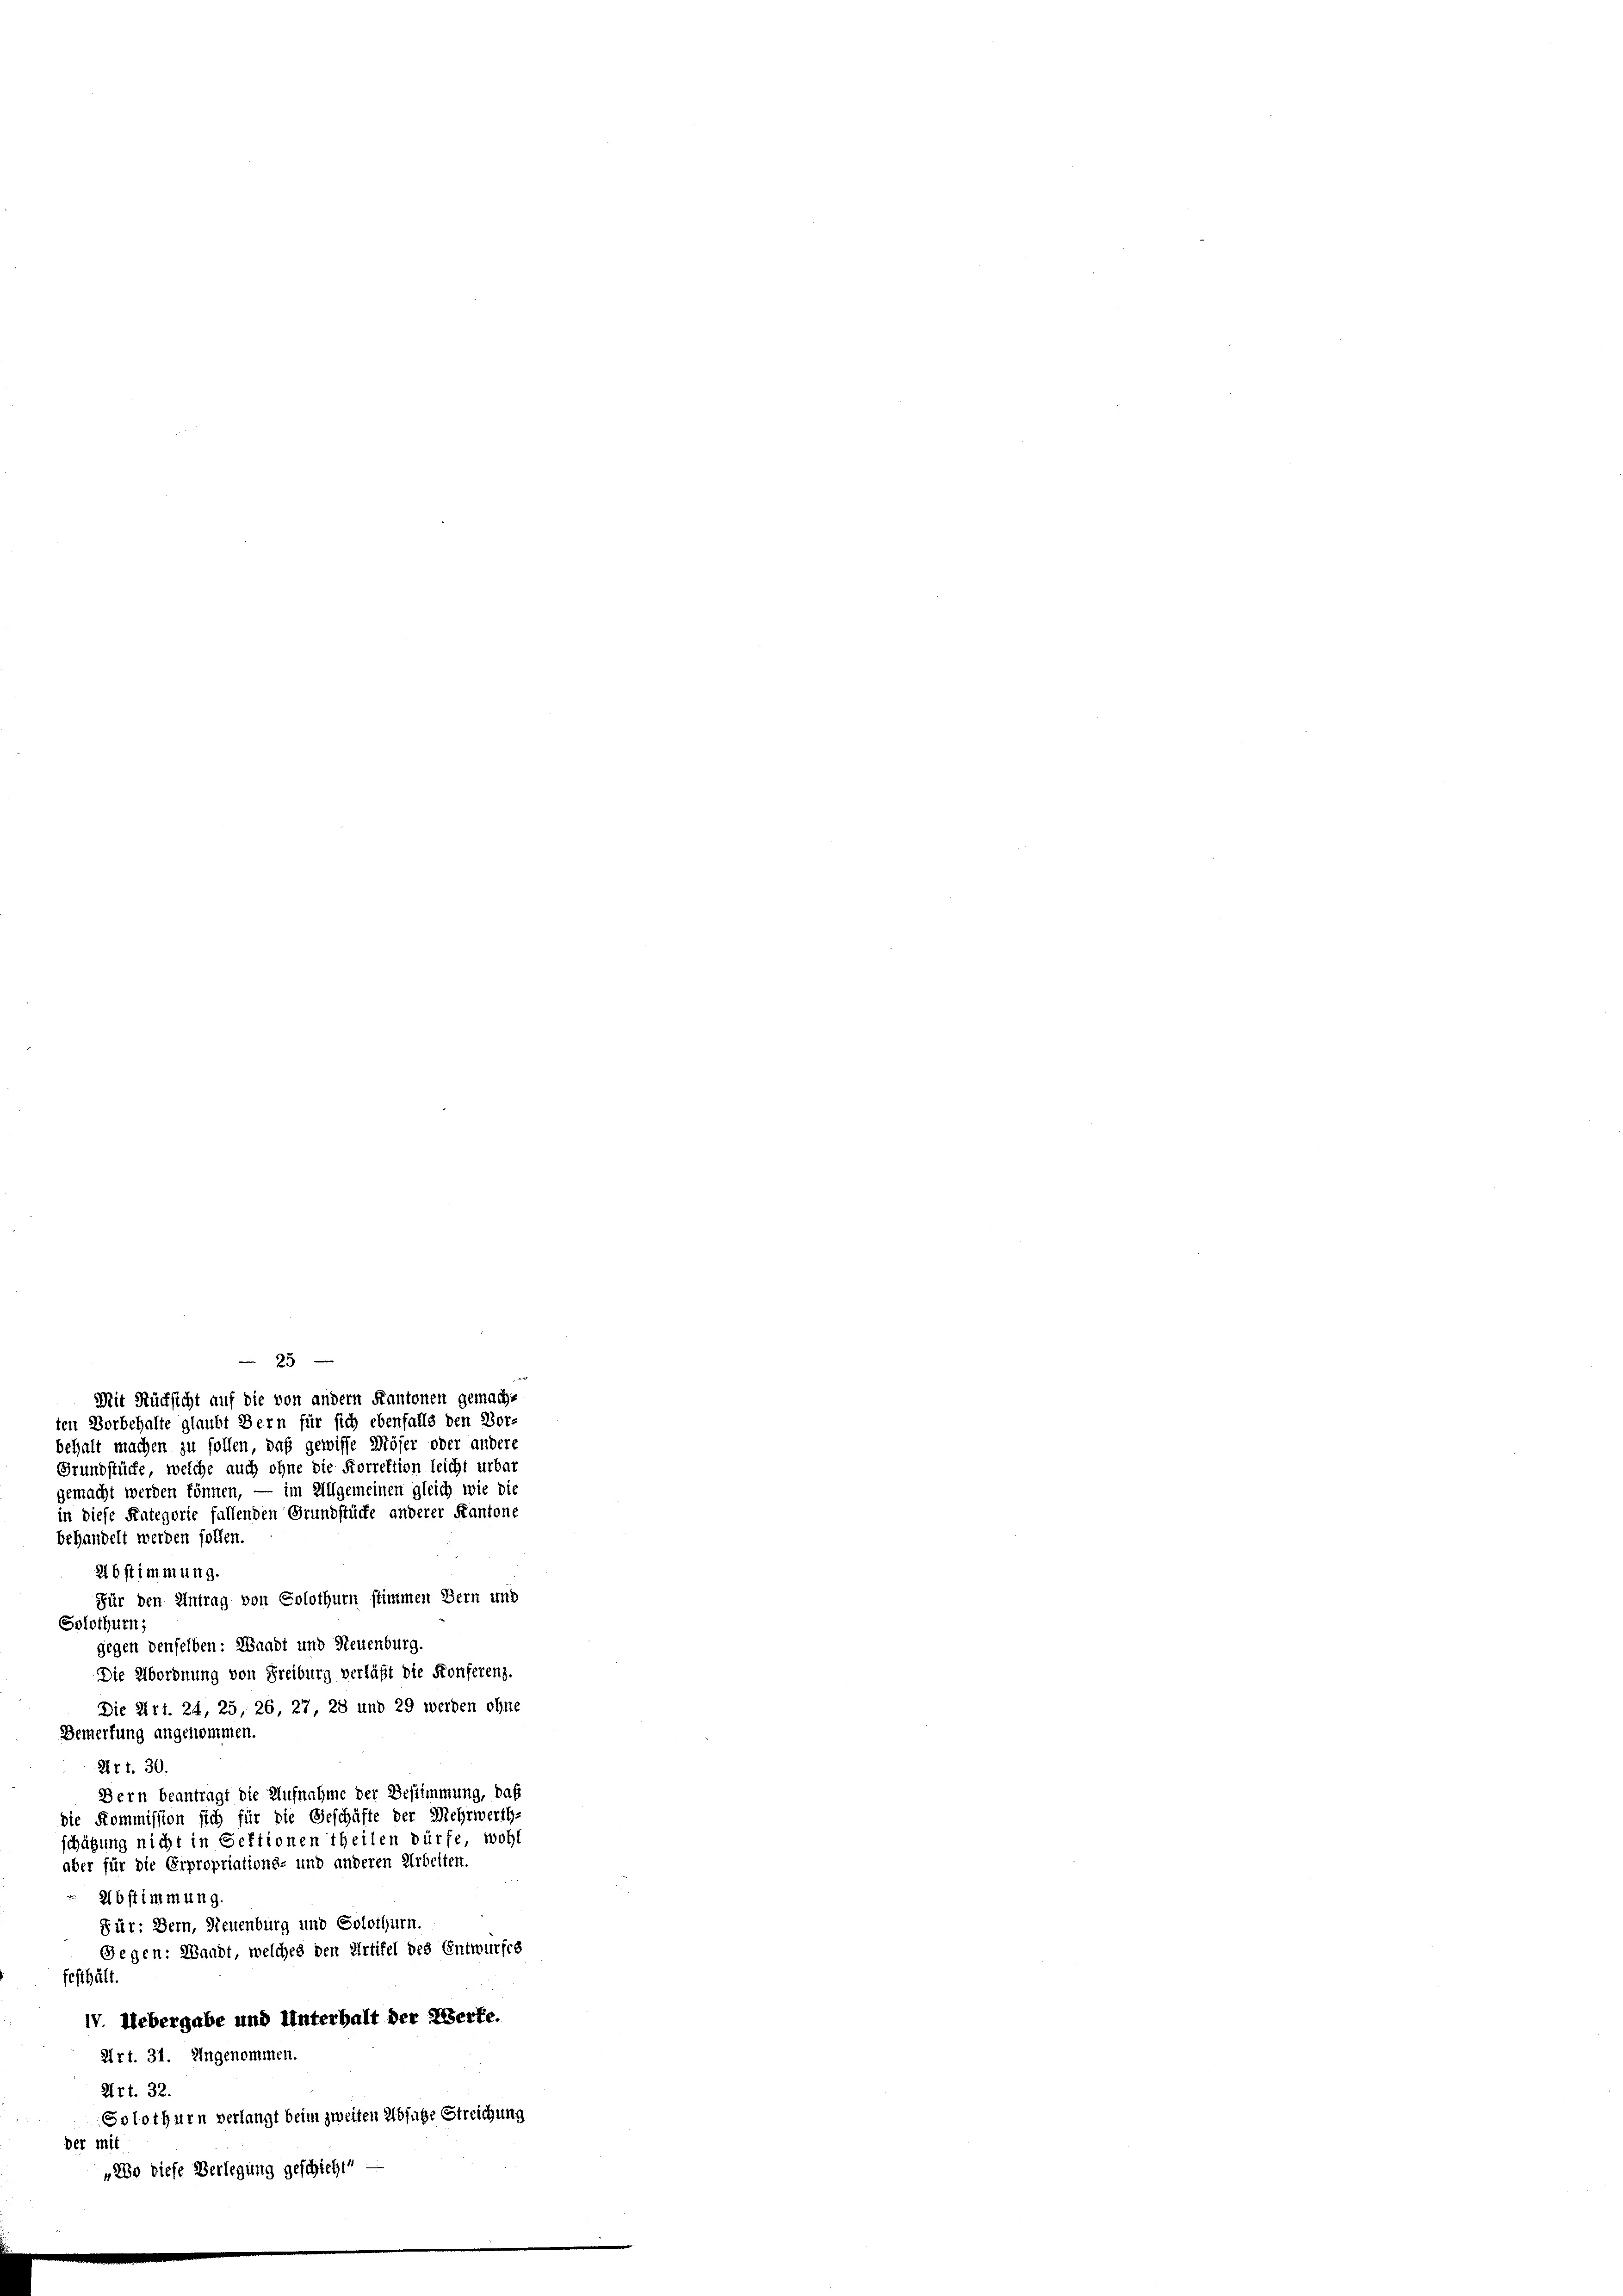
25

Mit Rücksicht auf die von andern Kantonen gemacht
ten Vorbehalte glaubt Bern für sich ebenfalls den Vor-
behalt machen zu sollen, daß gewisse Möser oder andere
Grundstücke, welche auch ohne die Forrektion leicht urbar
gemacht werden können, — im Allgemeinen gleich wie die
in diese Kategorie fallenden Grundstücke anderer Kantone
behandelt werden sollen.
2bstimmung.
Für den Antrag von Solothurn stimmen Bern und
Solothurn,
gegen denselben: Waadt und Neuenburg.
Die Abordnung von Freiburg verläßt die Konferenz.
Die Art. 24, 25, 26, 27, 28 und 29 werden ohne
Bemerkung angenommen.
Art. 30.
Dern beantragt die Aufnahme der Bestimmung, das
die Kommission sich für die Geschäfte der Mehrwerth-
schätzung nicht in Sektionen theilen dürfe, wohl
aber für die Erpropriations- und anderen Arbeiten.
2bstimmung
Für: Bern, Neuenburg und Solothurn.
Gegen: Waadt, welches den Artikel des Entwurfes
festhält.
IV. Uebergabe und Unterhalt der Werte.
Art. 31. Ingenommen.
Art. 32.
Solothurn verlangt beim zweiten Absuche Streichung
der mit
„280 diese Verlegung geschichte